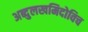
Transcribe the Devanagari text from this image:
अब्दुलखमिदोविच